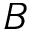
B